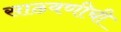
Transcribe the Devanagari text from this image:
साठवणीची